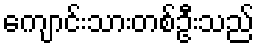
ကျောင်းသားတစ်ဦးသည်